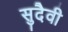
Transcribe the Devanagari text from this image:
सुदैवी